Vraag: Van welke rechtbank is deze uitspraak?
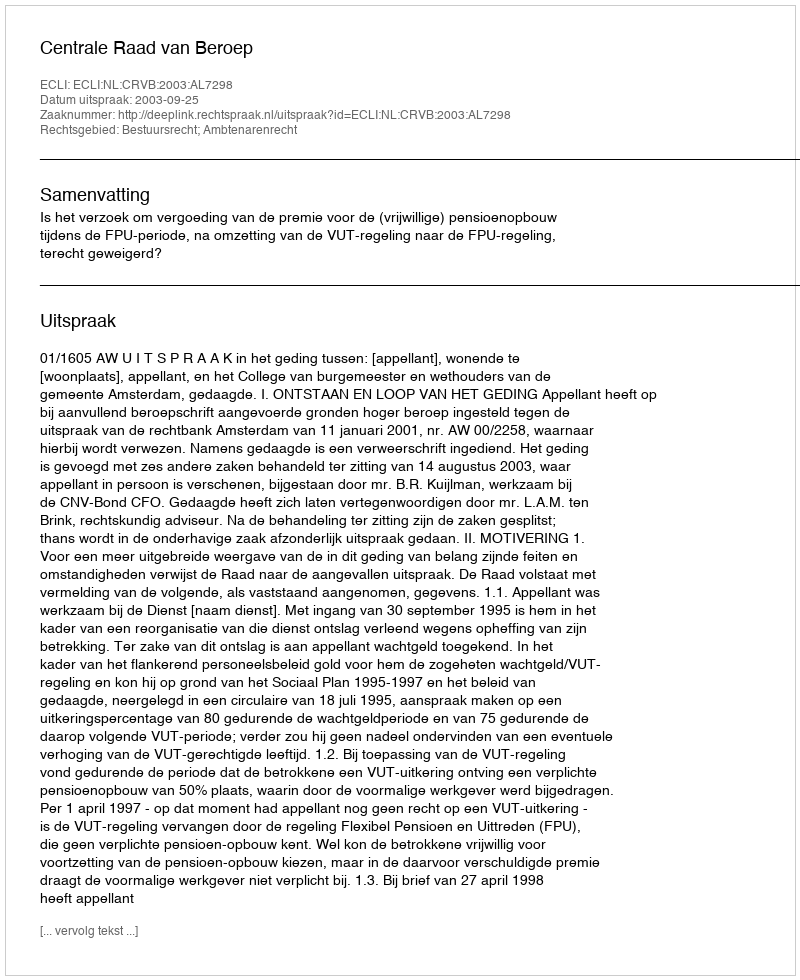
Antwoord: Centrale Raad van Beroep